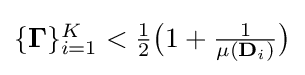
{\textstyle \{\mathbf {\Gamma } \}_{i=1}^{K}<{\frac {1}{2}}{\big (}1+{\frac {1}{\mu (\mathbf {D} _{i})}}{\big )}}